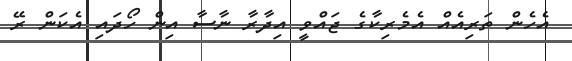
އެހެން ތަރިއެއް އެމެރިކާގެ ޖައްވީ އިދާރާ ނާސާ އިން ހޯދައި އެކަން ރޭ